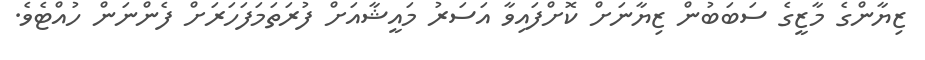
ޒިޔާންގެ މާޒީގެ ސަބަބުން ޒިޔާނަށް ކޮށްފައިވާ އަސަރު މައީޝާއަށް ފުރަތަމަފަހަރަށް ފެންނަން ހުއްޓެވެ.